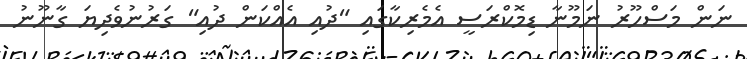
ނަން މަސްހޫރު ނަމޫނާ ޑިމޮކްރަސީ އެމެރިކާގައި "ދުއި އެއްކަން ދުއި" ގަރުނުވެދިޔަ ގާނޫނު